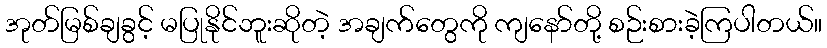
အုတ်မြစ်ချခွင့် မပြုနိုင်ဘူးဆိုတဲ့ အချက်တွေကို ကျနော်တို့ စဉ်းစားခဲ့ကြပါတယ်။